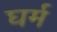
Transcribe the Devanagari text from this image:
घर्म